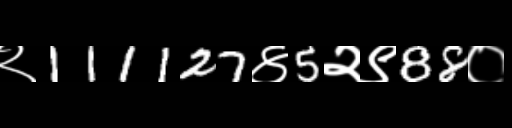
Text: २111127४5२९88०